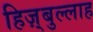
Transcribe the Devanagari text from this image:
हिज़्बुल्लाह